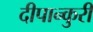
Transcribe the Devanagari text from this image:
दीपान्कुरी